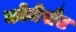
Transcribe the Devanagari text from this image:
कोमेर्संट